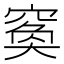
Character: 𥦺